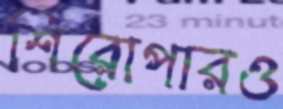
শিরোপারও